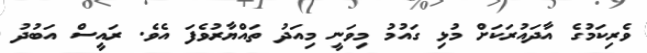
ވެރިކަމުގެ އާދައުރަކަށް މުޅި ގައުމު މިވަނީ މިއަދު ތައްޔާރުވެފަ އެވެ. ރައީސް އަބުދު